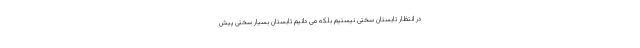
در انتظار تابستان سختی نیستیم بلکه می دانیم تابستان بسیار سختی پیش